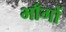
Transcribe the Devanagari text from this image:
भाँगों